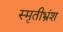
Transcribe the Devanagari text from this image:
स्मृतीभ्रंश